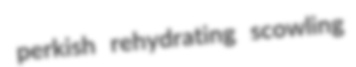
perkish rehydrating scowling